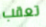
تعقب